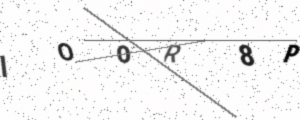
Text: IOOR8P